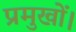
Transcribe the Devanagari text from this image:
प्रमुखों।